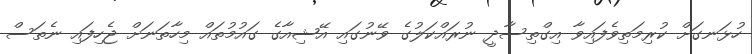
ހުޅަނގަށް ކުރިމަތިވެފައިވާ އިގްތިސާދީ ނުރައްކަލުގެ ވޭނުގައި އޭޝިއާގެ ގައުމުތައް މިހާތަނަށް ޖެހިފައި ނެތަސް